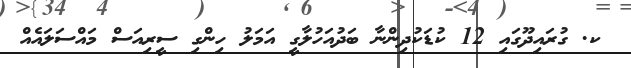
ކ. ގުރައިދޫގައި 12 ކުޑަކުދިންނާ ބަދުއަހުލާގީ އަމަލު ހިންގި ސީރިއަސް މައްސަލައެއް